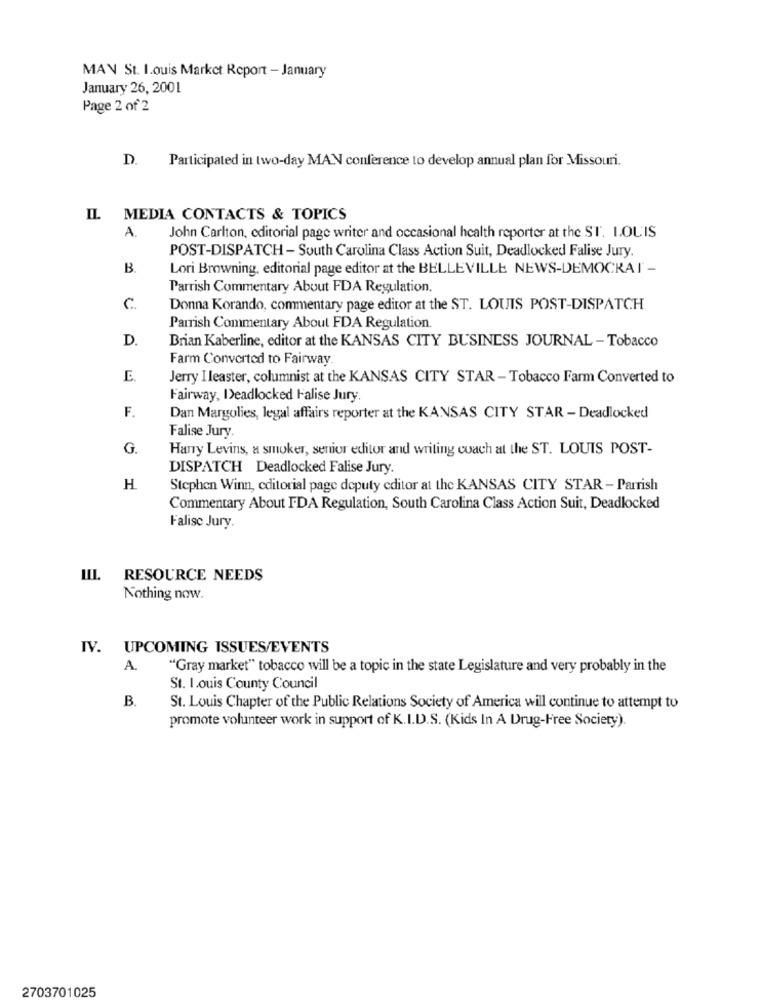
MAN St. I.ouis Market Report - January
January 26, 2001
Page 2 of 2
D. Participated in two-day MAN conference to develop annual plan for Missouri.
IL.
MEDIA CONTACTS & TOPICS
A.
John Carlton, editorial page writer and occasional health reporter at the ST. LOUIS
POST-DISPATCH - South Carolina Class Action Suit, Deadlocked Falise Jury.
B
Lori Browning, editorial page editor at the BELLEVILLE NEWS-DEMOCRA! -
Parrish Commentary About FDA Regulation.
C.
Donna Korando, commentary page editor at the ST. LOUIS POST-DISPATCH
Parrish Commentary About FDA Regulation.
D.
Brian Kaberline, editor at the KANSAS CITY BUSINESS JOURNAL - Tobacco
Farm Converted to Fairway
E.
Jerry I leaster, columnist at the KANSAS CITY STAR - Tobacco Farm Converted to
Fairway, Deadlocked Falise Jury
F.
Dan Margulies, legal affairs reporter at the KANSAS CITY STAR - Deadlocked
Falise Jury
G.
Harry Levins, a smoker, senior editor and writing coach at the ST. LOUIS POST-
DISPATCH Deadlocked Falise Jury.
H
Stephen Winn, editorial page deputy editor at the KANSAS CITY STAR - Parrish
Commentary About FDA Regulation, South Carolina Class Action Suit, Deadlocked
Falise Jury.
III. RESOURCE NEEDS
Nothing now.
IV.
UPCOMING ISSUES/EVENTS
A.
"Gray market" tobacco will be a topic in the state Legislature and very probably in the
St. louis County Council
B.
St. Louis Chapter of the Public Relations Society of America will continue to attempt to
promote volunteer work in support of K.I.D.S. (Kids In A Drug-Free Society).
2703701025